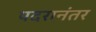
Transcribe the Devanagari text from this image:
पदरानंतर